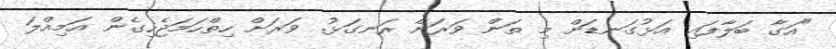
"އަގާ ބަލާފައި އަޅުގަނޑަށް މި ތަން ވަރަށް ރަނގަޅު. ވަރަށް ހިތްހަމަޖެހިގެން އަމިއްލަ